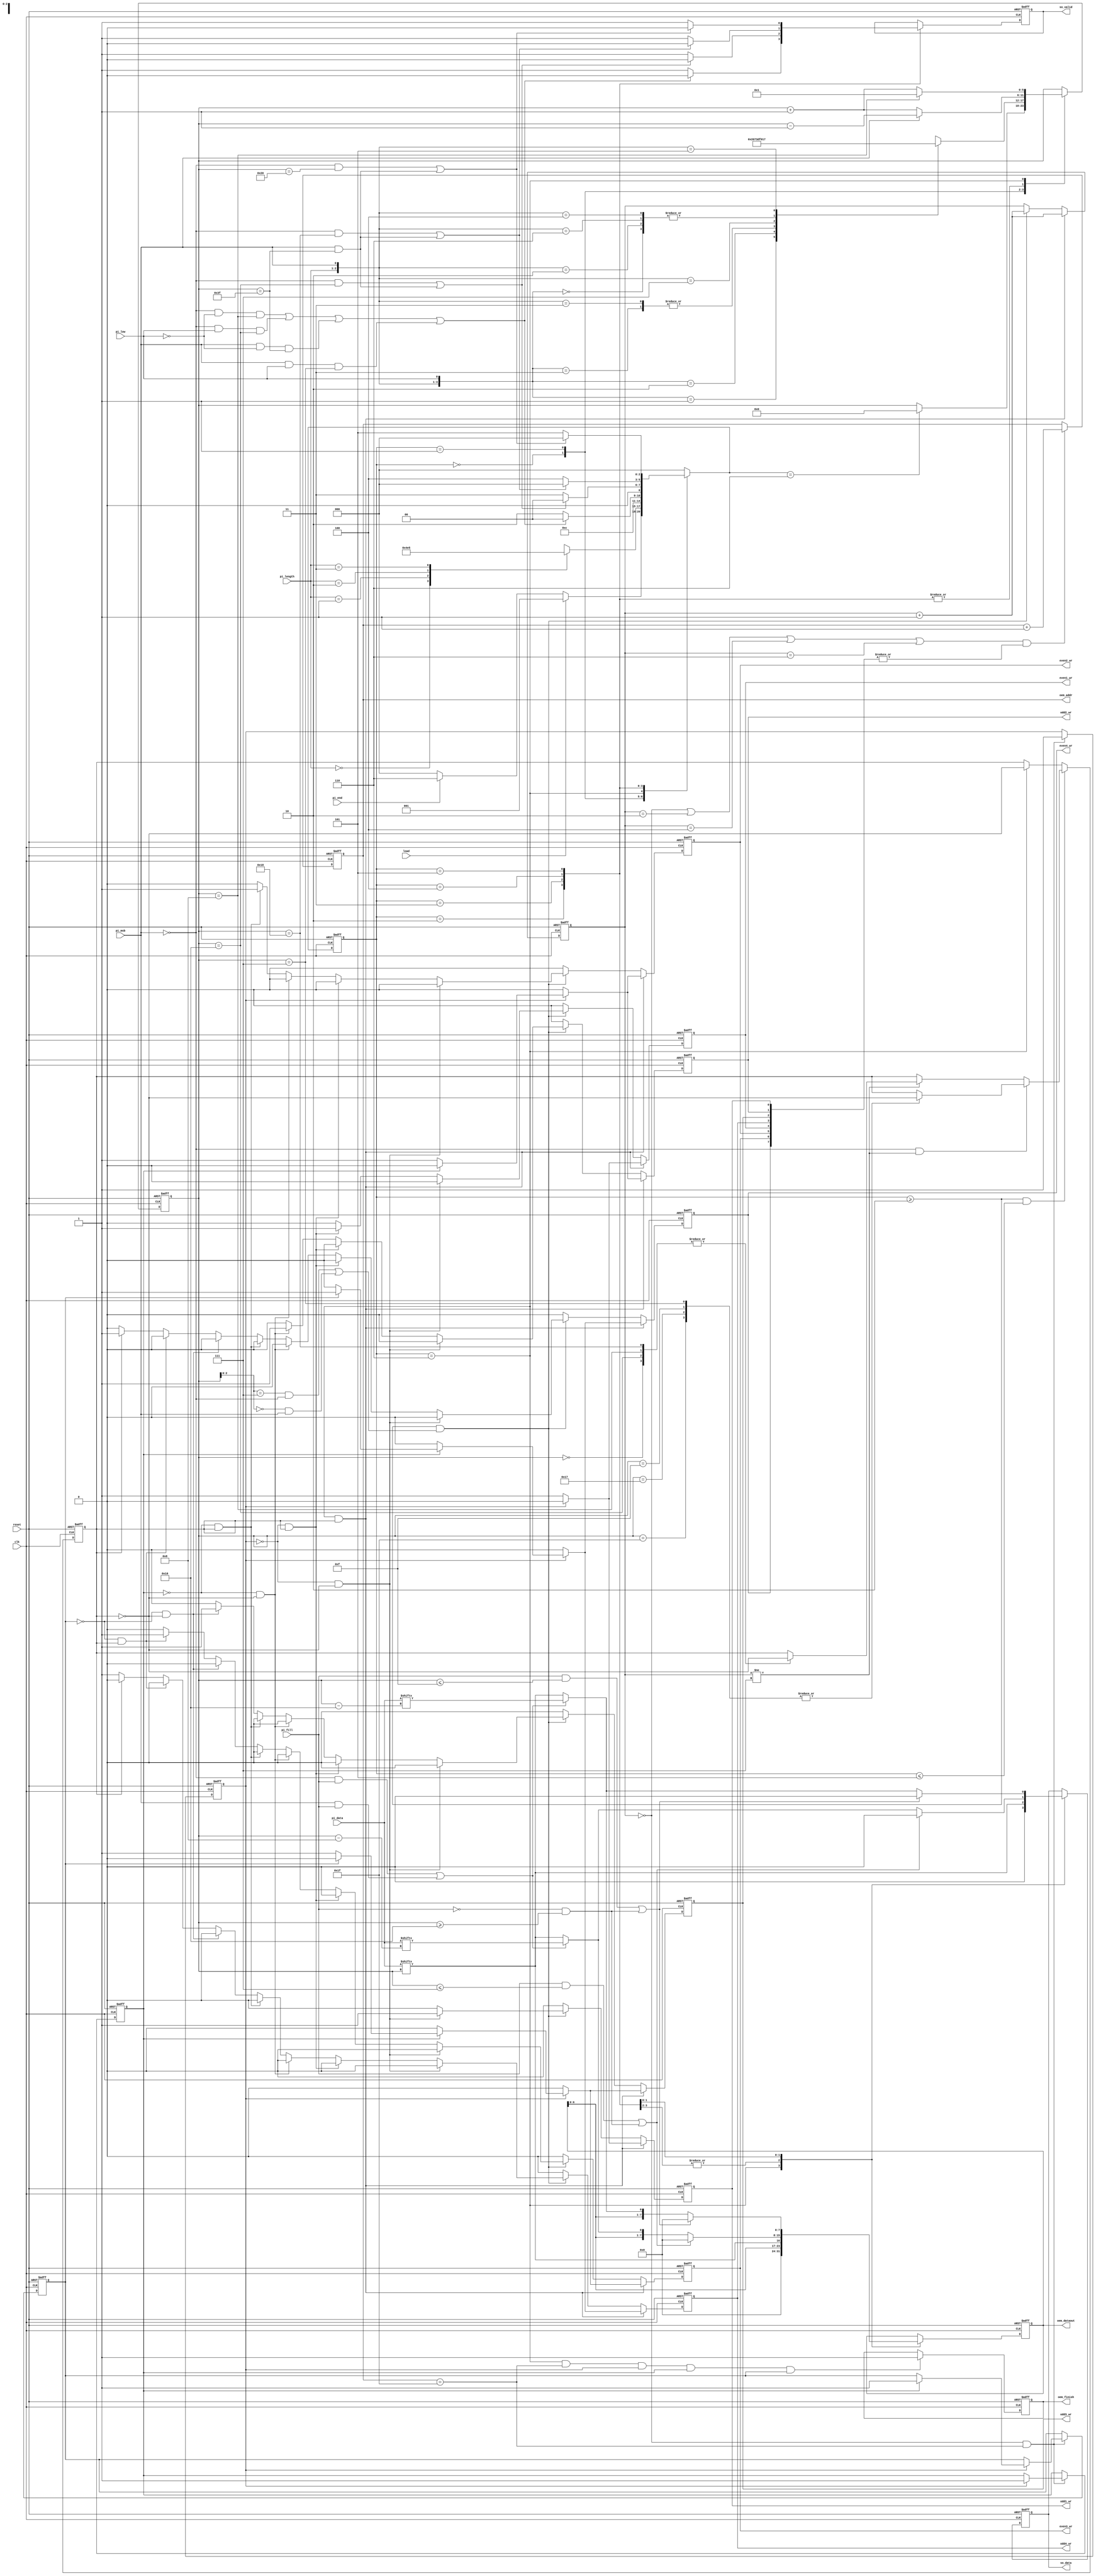
module STI_DAC
(
input				clk, reset,
input				load, pi_msb, pi_low, pi_end,
input		[15:0]	pi_data,
input		[1:0]	pi_length,
input				pi_fill,
output	reg		    so_data, so_valid,
output  reg 	    oem_finish, odd1_wr, odd2_wr, odd3_wr, odd4_wr, even1_wr, even2_wr, even3_wr, even4_wr,
output 	reg [4:0]   oem_addr,
output 		[7:0]   oem_dataout
);

reg	[5:0]	counter;
reg			m1_full, m2_full, m3_full;
reg			Even;
reg	[2:0]	memory_flag;
reg	[7:0]	temp;
integer i;
reg [2:0]	cur_state, nxt_state;
localparam input_state=0, sti=1, sti_8=2, sti_16=3, sti_24=4, sti_32=5, zero_state=6;

//---------------------FSM--------------------------
//--------------------------------------------------
always@(posedge clk, posedge reset)
begin
	if(reset)
		begin
			cur_state <= input_state;
		end
	else 
		begin
			cur_state <= nxt_state;
		end
end

always@(*)
begin
	case(cur_state)
		input_state:
			begin
				if(load)
					begin
						nxt_state = sti;						
					end
				else if(pi_end)
					begin
						nxt_state = zero_state;
					end
				else
					begin
						nxt_state = input_state;
					end
			end
		sti:
			begin
				case(pi_length)
					2'b00:
						begin
							nxt_state = sti_8;
						end
					2'b01:
						begin
							nxt_state = sti_16;
						end
					2'b10:
						begin
							nxt_state = sti_24;
						end
					2'b11:
						begin
							nxt_state = sti_32;
						end
				endcase
			end
		zero_state:
			begin
				nxt_state = zero_state;
			end
		sti_8:
			begin
				if((~pi_msb && ~pi_low && counter == 6'd8) || 
				   (~pi_msb && pi_low && counter == 6'd16) || 
				   (pi_msb && ~pi_low && counter == 6'b111111) ||
				   (pi_msb && pi_low && counter == 6'd7))
					begin
						nxt_state = input_state;
					end 
				else 
					begin
						nxt_state = sti_8;
					end
			end
		sti_16:
			begin
				if((~pi_msb && counter == 16) || (pi_msb && counter == 6'b111111))
					begin
						nxt_state = input_state;
					end 
				else 
					begin
						nxt_state = sti_16;
					end
			end
		sti_24:
			begin
				if((~pi_msb && counter == 24) || (pi_msb && counter == 6'b111111))
					begin
						nxt_state = input_state;
					end 
				else 
					begin
						nxt_state = sti_24;
					end
			end
		sti_32:
			begin
				if((~pi_msb && counter == 32) || (pi_msb && counter == 6'b111111))
					begin
						nxt_state = input_state;
					end 
				else 
					begin
						nxt_state = sti_32;
					end
			end
		default:
			begin
				nxt_state = input_state;
			end
	endcase
end

//---------------------Datapath-------------------
//------------------------------------------------
always@(posedge clk or posedge reset) // counter
begin
	if(reset)
		begin
			counter <= 6'd0;
		end
	else 
		begin
			case(cur_state)
				input_state:
					begin
						if(nxt_state == 6)
							begin
								counter <= 0;
							end
					end
				sti:  // 1
					begin
						casez({pi_length, pi_msb, pi_low}) // 2 + 1 + 1 +1bits
							4'b00_0_0:
								begin
									counter <= 6'd0; 
								end
							4'b00_0_1:
								begin
									counter <= 6'd8; 
								end
							4'b00_1_0:
								begin
									counter <= 6'd7; 
								end
							4'b00_1_1:
								begin
									counter <= 6'd15; 
								end
							4'b01_0_?:
								begin
									counter <= 6'd0; 
								end
							4'b01_1_?:
								begin
									counter <= 6'd15; 
								end
							4'b11_0_?:
								begin
									counter <= 6'd0; 
								end
							4'b11_1_?:
								begin
									counter <= 6'd31; 
								end
							4'b10_0_?:
								begin
									counter <= 6'd0; 
								end
							4'b10_1_?:
								begin
									counter <= 6'd23;
								end
						endcase
					end
				sti_8, sti_16, sti_24, sti_32: 
					begin
						if(pi_msb)
							begin
								counter <= counter - 6'd1;
							end
						else 
							begin
								counter <= counter + 6'd1;
							end
					end
				zero_state:
					begin
						if(counter == 8)
							begin
								counter <= 1;
							end
						else 
							begin
								counter <= counter + 1;
							end
					end
			endcase
		end
end

always@(posedge clk, posedge reset) // write OEM
begin
	if(reset)
		begin
			memory_flag <= 3'b0;
			odd1_wr <= 1'b0;
			odd2_wr <= 1'b0; 
			odd3_wr <= 1'b0; 
			odd4_wr <= 1'b0; 
			even1_wr <= 1'b0; 
			even2_wr <= 1'b0; 
			even3_wr <= 1'b0; 
			even4_wr <= 1'b0;
		end
	else
		begin
			if(cur_state == 6 && Even)
				begin
					memory_flag <= memory_flag + 1;
					if(~m1_full)
						begin
							odd1_wr <= 1'b1;
							odd2_wr <= 1'b0; 
							odd3_wr <= 1'b0; 
							odd4_wr <= 1'b0; 
							even1_wr <= 1'b1; 
							even2_wr <= 1'b0; 
							even3_wr <= 1'b0; 
							even4_wr <= 1'b0;
						end
					else if(~m2_full)
						begin
							odd1_wr <= 1'b0;
							odd2_wr <= 1'b1; 
							odd3_wr <= 1'b0; 
							odd4_wr <= 1'b0; 
							even1_wr <= 1'b0; 
							even2_wr <= 1'b1; 
							even3_wr <= 1'b0; 
							even4_wr <= 1'b0;
						end
					else if(~m3_full)
						begin
							odd1_wr <= 1'b0;
							odd2_wr <= 1'b0; 
							odd3_wr <= 1'b1; 
							odd4_wr <= 1'b0; 
							even1_wr <= 1'b0; 
							even2_wr <= 1'b0; 
							even3_wr <= 1'b1; 
							even4_wr <= 1'b0;
						end
					else
						begin
							odd1_wr <= 1'b0;
							odd2_wr <= 1'b0; 
							odd3_wr <= 1'b0; 
							odd4_wr <= 1'b1; 
							even1_wr <= 1'b0; 
							even2_wr <= 1'b0; 
							even3_wr <= 1'b0; 
							even4_wr <= 1'b1;
						end
				end
			else if((cur_state >= 2 && ((counter[2:0] == 3'b111 && ~pi_msb) || (counter[2:0] == 3'b000 && pi_msb))))
				begin
					memory_flag <= memory_flag + 1;
					if(~m1_full && ~Even)
						begin
							odd1_wr <= 1'b1;
							odd2_wr <= 1'b0; 
							odd3_wr <= 1'b0; 
							odd4_wr <= 1'b0; 
							even1_wr <= 1'b0; 
							even2_wr <= 1'b0; 
							even3_wr <= 1'b0; 
							even4_wr <= 1'b0;
						end
					else if(~m1_full && Even)
						begin
							odd1_wr <= 1'b0;
							odd2_wr <= 1'b0; 
							odd3_wr <= 1'b0; 
							odd4_wr <= 1'b0; 
							even1_wr <= 1'b1; 
							even2_wr <= 1'b0; 
							even3_wr <= 1'b0; 
							even4_wr <= 1'b0;
						end
					else if(~m2_full && ~Even)
						begin
							odd1_wr <= 1'b0;
							odd2_wr <= 1'b1; 
							odd3_wr <= 1'b0; 
							odd4_wr <= 1'b0; 
							even1_wr <= 1'b0; 
							even2_wr <= 1'b0; 
							even3_wr <= 1'b0; 
							even4_wr <= 1'b0;
						end
					else if(~m2_full && Even)
						begin
							odd1_wr <= 1'b0;
							odd2_wr <= 1'b0; 
							odd3_wr <= 1'b0; 
							odd4_wr <= 1'b0; 
							even1_wr <= 1'b0; 
							even2_wr <= 1'b1; 
							even3_wr <= 1'b0; 
							even4_wr <= 1'b0;
						end
					else if(~m3_full && ~Even)
						begin
							odd1_wr <= 1'b0;
							odd2_wr <= 1'b0; 
							odd3_wr <= 1'b1; 
							odd4_wr <= 1'b0; 
							even1_wr <= 1'b0; 
							even2_wr <= 1'b0; 
							even3_wr <= 1'b0; 
							even4_wr <= 1'b0;
						end
					else if(~m3_full && Even)
						begin
							odd1_wr <= 1'b0;
							odd2_wr <= 1'b0; 
							odd3_wr <= 1'b0; 
							odd4_wr <= 1'b0; 
							even1_wr <= 1'b0; 
							even2_wr <= 1'b0; 
							even3_wr <= 1'b1; 
							even4_wr <= 1'b0;
						end
					else if(~Even)
						begin
							odd1_wr <= 1'b0;
							odd2_wr <= 1'b0; 
							odd3_wr <= 1'b0; 
							odd4_wr <= 1'b1; 
							even1_wr <= 1'b0; 
							even2_wr <= 1'b0; 
							even3_wr <= 1'b0; 
							even4_wr <= 1'b0;
						end
					else
						begin
							odd1_wr <= 1'b0;
							odd2_wr <= 1'b0; 
							odd3_wr <= 1'b0; 
							odd4_wr <= 1'b0; 
							even1_wr <= 1'b0; 
							even2_wr <= 1'b0; 
							even3_wr <= 1'b0; 
							even4_wr <= 1'b1;
						end
				end
			else  
				begin
					odd1_wr <= 1'b0;
					odd2_wr <= 1'b0; 
					odd3_wr <= 1'b0; 
					odd4_wr <= 1'b0; 
					even1_wr <= 1'b0; 
					even2_wr <= 1'b0; 
					even3_wr <= 1'b0; 
					even4_wr <= 1'b0;
				end
		end
end

always@(posedge clk, posedge reset) // oem_finish
begin
	if(reset)
		begin
			oem_finish <= 0;
		end
	else
		begin
			if(cur_state == 6 && oem_addr == 31 && m1_full && m2_full && m3_full)
				begin
					oem_finish <= 1;
				end	
		end
end

always@(posedge clk, posedge reset) // change memory
begin
	if(reset)
		begin
			m1_full <= 1'b0;
			m2_full <= 1'b0;
			m3_full <= 1'b0; 
		end
	else  
		begin
			if(memory_flag == 0 && oem_addr == 31)
				begin
					if(~m1_full)
						begin
							m1_full <= 1;
						end			
					else if(~m2_full)
						begin
							m2_full <= 1;
						end
					else if(~m3_full)
						begin
							m3_full <= 1;
						end
				end
		end
end

always@(posedge clk, posedge reset) // OEM address control
begin
	if(reset)
		begin
			oem_addr <= 5'd0;
		end
	else 
		begin
			if((memory_flag==0 || memory_flag==2 || memory_flag==4 || memory_flag==6) && |{odd1_wr, odd2_wr, odd3_wr, odd4_wr, even1_wr, even2_wr, even3_wr, even4_wr} == 1'b1)
				begin
					oem_addr <= oem_addr + 1; 
				end
		end
end

assign oem_dataout = temp;

always@(negedge clk, posedge reset) // OEM output
begin
	if(reset)
		begin
			temp[0] <= 1'b0;
			temp[1] <= 1'b0;
			temp[2] <= 1'b0;
			temp[3] <= 1'b0;
			temp[4] <= 1'b0;
			temp[5] <= 1'b0;
			temp[6] <= 1'b0;
			temp[7] <= 1'b0;
		end 
	else 
		begin
			case(cur_state)
				zero_state:
					begin
						temp <= 8'b0000_0000;
					end
				sti_8, sti_16: 
					begin
						temp <= {temp, pi_data[counter]};
					end
				sti_24:
					begin
						if((pi_fill && counter <= 7) || (~pi_fill && counter >= 16))
							begin		
								temp <= 1'b0;								
							end
						else if((~pi_msb && pi_fill) || (pi_msb && pi_fill))
							begin 
								temp <= {temp, pi_data[counter-8]};
							end 				
						else
							begin 
								temp <= {temp, pi_data[counter]};
							end 								
					end
				sti_32:
					begin
						if((pi_fill && counter <= 15) || (~pi_fill && counter >= 16))
							begin
								temp <= 1'b0;									
							end
						else if((~pi_msb && pi_fill) || (pi_msb && pi_fill))
							begin 
								temp <= {temp, pi_data[counter-16]};
							end 						
						else 
							begin 
								temp <= {temp, pi_data[counter]};
							end 		
					end
			endcase
		end
end

always@(posedge clk, posedge reset) // so_data
begin
	if(reset)
		begin
			so_data <= 0;
		end
	else 
		begin
			case(cur_state)
				zero_state:
					begin
						so_data <= 1'b0;
					end
				sti_8, sti_16: 
					begin
						so_data <= pi_data[counter];
					end
				sti_24:
					begin
						if((pi_fill && counter <= 7) || (~pi_fill && counter >= 16))
							begin
								so_data <= 1'b0;							
							end
						else if((~pi_msb && pi_fill) || (pi_msb && pi_fill))
							begin 
								so_data <= pi_data[counter-8];
							end 				
						else
							begin 
								so_data <= pi_data[counter];
							end 								
					end
				sti_32:
					begin
						if((pi_fill && counter <= 15) || (~pi_fill && counter >= 16))
							begin
								so_data <= 1'b0;							
							end
						else if((~pi_msb && pi_fill) || (pi_msb && pi_fill))
							begin 
								so_data <= pi_data[counter-16];
							end 						
						else 
							begin 
								so_data <= pi_data[counter];
							end 		
					end
			endcase
		end
	
end

always@(posedge clk, posedge reset) // so valid signal control
begin
	if(reset)
		begin
			so_valid <= 1'd0;
		end
	else  
		begin
			case(cur_state)
				sti_8:
					begin
						so_valid <= 1'd1;
						if((~pi_msb && ~pi_low && counter == 6'd8) || 
						   (~pi_msb && pi_low && counter == 6'd16) || 
						   (pi_msb && ~pi_low && counter == 6'b111111) ||
						   (pi_msb && pi_low && counter == 6'd7))
							begin
								so_valid <= 1'd0;
							end
					end
				sti_16:
					begin
						so_valid <= 1'd1;
						if((~pi_msb && counter == 6'd16) || (pi_msb && counter == 6'b111111))
							begin
								so_valid <= 1'd0;
							end
					end
				sti_24:
					begin
						so_valid <= 1'd1;
						if((~pi_msb && counter == 6'd24) || (pi_msb && counter == 6'b111111))
							begin
								so_valid <= 1'd0;
							end
					end
				sti_32:
					begin
						so_valid <= 1'd1;
						if((~pi_msb && counter == 6'd32) || (pi_msb && counter == 6'b111111))
							begin
								so_valid <= 1'd0;
							end
					end
			endcase
		end
	
end

always@(posedge clk, posedge reset) // Even control
begin
	if(reset)
		begin
			Even <= 1'b0;
		end
	else  
		begin
			if(cur_state >= 2 && cur_state <= 5)
				begin
					if(~pi_msb && memory_flag != 7) // && counter[2:0]==3'b111
						begin
							case(counter)
								7, 15, 23, 31:
									begin
										Even <= ~Even;
									end
							endcase
						end
					else if(memory_flag != 7)
						begin
							case(counter)
								0, 8, 16, 24:
									begin
										Even <= ~Even;
									end
							endcase
						end
				end
			else if(cur_state == 6)
				begin
					Even <= ~Even;
				end
		end
end

endmodule